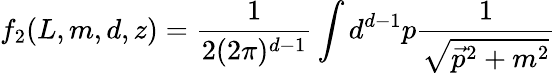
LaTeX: f_{2}(L,m,d,z)=\frac{1}{2(2\pi)^{d-1}}\int{d}^{d-1}p\frac{1}{\sqrt{\vec{p}^{2}+m^{2}}}